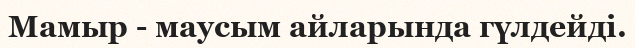
Мамыр - маусым айларында гүлдейді.